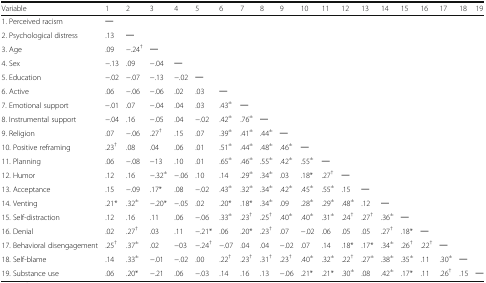
<table><thead><tr><td><b>Variable</b></td><td><b>1</b></td><td><b>2</b></td><td><b>3</b></td><td><b>4</b></td><td><b>5</b></td><td><b>6</b></td><td><b>7</b></td><td><b>8</b></td><td><b>9</b></td><td><b>10</b></td><td><b>11</b></td><td><b>12</b></td><td><b>13</b></td><td><b>14</b></td><td><b>15</b></td><td><b>16</b></td><td><b>17</b></td><td><b>18</b></td><td><b>19</b></td></tr></thead><tbody><tr><td>1. Perceived racism</td><td>─</td><td></td><td></td><td></td><td></td><td></td><td></td><td></td><td></td><td></td><td></td><td></td><td></td><td></td><td></td><td></td><td></td><td></td><td></td></tr><tr><td>2. Psychological distress</td><td>.13</td><td>─</td><td></td><td></td><td></td><td></td><td></td><td></td><td></td><td></td><td></td><td></td><td></td><td></td><td></td><td></td><td></td><td></td><td></td></tr><tr><td>3. Age</td><td>.09</td><td>−.24<sup>†</sup></td><td>─</td><td></td><td></td><td></td><td></td><td></td><td></td><td></td><td></td><td></td><td></td><td></td><td></td><td></td><td></td><td></td><td></td></tr><tr><td>4. Sex</td><td>−.13</td><td>.09</td><td>−.04</td><td>─</td><td></td><td></td><td></td><td></td><td></td><td></td><td></td><td></td><td></td><td></td><td></td><td></td><td></td><td></td><td></td></tr><tr><td>5. Education</td><td>−.02</td><td>−.07</td><td>−.13</td><td>−.02</td><td>─</td><td></td><td></td><td></td><td></td><td></td><td></td><td></td><td></td><td></td><td></td><td></td><td></td><td></td><td></td></tr><tr><td>6. Active</td><td>.06</td><td>−.06</td><td>−.06</td><td>.02</td><td>.03</td><td>─</td><td></td><td></td><td></td><td></td><td></td><td></td><td></td><td></td><td></td><td></td><td></td><td></td><td></td></tr><tr><td>7. Emotional support</td><td>−.01</td><td>.07</td><td>−.04</td><td>.04</td><td>.03</td><td>.43<sup>±</sup></td><td>─</td><td></td><td></td><td></td><td></td><td></td><td></td><td></td><td></td><td></td><td></td><td></td><td></td></tr><tr><td>8. Instrumental support</td><td>−.04</td><td>.16</td><td>−.05</td><td>.04</td><td>−.02</td><td>.42<sup>±</sup></td><td>.76<sup>±</sup></td><td>─</td><td></td><td></td><td></td><td></td><td></td><td></td><td></td><td></td><td></td><td></td><td></td></tr><tr><td>9. Religion</td><td>.07</td><td>−.06</td><td>.27<sup>†</sup></td><td>.15</td><td>.07</td><td>.39<sup>±</sup></td><td>.41<sup>±</sup></td><td>.44<sup>±</sup></td><td>─</td><td></td><td></td><td></td><td></td><td></td><td></td><td></td><td></td><td></td><td></td></tr><tr><td>10. Positive reframing</td><td>.23<sup>†</sup></td><td>.08</td><td>.04</td><td>.06</td><td>.01</td><td>.51<sup>±</sup></td><td>.44<sup>±</sup></td><td>.48<sup>±</sup></td><td>.46<sup>±</sup></td><td>─</td><td></td><td></td><td></td><td></td><td></td><td></td><td></td><td></td><td></td></tr><tr><td>11. Planning</td><td>.06</td><td>−.08</td><td>−13</td><td>.10</td><td>.01</td><td>.65<sup>±</sup></td><td>.46<sup>±</sup></td><td>.55<sup>±</sup></td><td>.42<sup>±</sup></td><td>.55<sup>±</sup></td><td>─</td><td></td><td></td><td></td><td></td><td></td><td></td><td></td><td></td></tr><tr><td>12. Humor</td><td>.12</td><td>.16</td><td>−.32<sup>±</sup></td><td>−.06</td><td>.10</td><td>.14</td><td>.29<sup>±</sup></td><td>.34<sup>±</sup></td><td>.03</td><td>.18*</td><td>.27<sup>†</sup></td><td>─</td><td></td><td></td><td></td><td></td><td></td><td></td><td></td></tr><tr><td>13. Acceptance</td><td>.15</td><td>−.09</td><td>.17*</td><td>.08</td><td>−.02</td><td>.43<sup>±</sup></td><td>.32<sup>±</sup></td><td>.34<sup>±</sup></td><td>.42<sup>±</sup></td><td>.45<sup>±</sup></td><td>.55<sup>±</sup></td><td>.15</td><td>─</td><td></td><td></td><td></td><td></td><td></td><td></td></tr><tr><td>14. Venting</td><td>.21*</td><td>.32<sup>±</sup></td><td>−.20*</td><td>−.05</td><td>.02</td><td>.20*</td><td>.18*</td><td>.34<sup>±</sup></td><td>.09</td><td>.28<sup>±</sup></td><td>.29<sup>±</sup></td><td>.48<sup>±</sup></td><td>.12</td><td>─</td><td></td><td></td><td></td><td></td><td></td></tr><tr><td>15. Self-distraction</td><td>.12</td><td>.16</td><td>.11</td><td>.06</td><td>−.06</td><td>.33<sup>±</sup></td><td>.23<sup>†</sup></td><td>.25<sup>†</sup></td><td>.40<sup>±</sup></td><td>.40<sup>±</sup></td><td>.31<sup>±</sup></td><td>.24<sup>†</sup></td><td>.27<sup>†</sup></td><td>.36<sup>±</sup></td><td>─</td><td></td><td></td><td></td><td></td></tr><tr><td>16. Denial</td><td>.02</td><td>.27<sup>†</sup></td><td>.03</td><td>.11</td><td>−.21*</td><td>.06</td><td>.20*</td><td>.23<sup>†</sup></td><td>.07</td><td>−.02</td><td>.06</td><td>.05</td><td>.05</td><td>.27<sup>†</sup></td><td>.18*</td><td>─</td><td></td><td></td><td></td></tr><tr><td>17. Behavioral disengagement</td><td>.25<sup>†</sup></td><td>.37<sup>±</sup></td><td>.02</td><td>−03</td><td>−.24<sup>†</sup></td><td>−.07</td><td>.04</td><td>.04</td><td>−.02</td><td>.07</td><td>.14</td><td>.18*</td><td>.17*</td><td>.34<sup>±</sup></td><td>.26<sup>†</sup></td><td>.22<sup>†</sup></td><td>─</td><td></td><td></td></tr><tr><td>18. Self-blame</td><td>.14</td><td>.33<sup>±</sup></td><td>−.01</td><td>−.02</td><td>.00</td><td>.22<sup>†</sup></td><td>.23<sup>†</sup></td><td>.31<sup>†</sup></td><td>.23<sup>†</sup></td><td>.40<sup>±</sup></td><td>.32<sup>±</sup></td><td>.22<sup>†</sup></td><td>.27<sup>±</sup></td><td>.38<sup>±</sup></td><td>.35<sup>±</sup></td><td>.11</td><td>.30<sup>±</sup></td><td>─</td><td></td></tr><tr><td>19. Substance use</td><td>.06</td><td>.20*</td><td>−.21</td><td>.06</td><td>−.03</td><td>.14</td><td>.16</td><td>.13</td><td>−.06</td><td>.21*</td><td>.21*</td><td>.30<sup>±</sup></td><td>.08</td><td>.42<sup>±</sup></td><td>.17*</td><td>.11</td><td>.26<sup>†</sup></td><td>.15</td><td>─</td></tr></tbody></table>